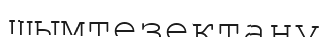
шымтезектану